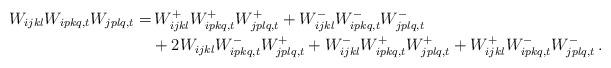
LaTeX: \begin{align*}W_{ijkl}W_{ipkq,t}W_{jplq,t} =&\, W^{+}_{ijkl}W^{+}_{ipkq,t}W^{+}_{jplq,t}+W^{-}_{ijkl}W^{-}_{ipkq,t}W^{-}_{jplq,t}\\&+2W_{ijkl}W^{-}_{ipkq,t}W^{+}_{jplq,t}+W^{-}_{ijkl}W^{+}_{ipkq,t}W^{+}_{jplq,t}+W^{+}_{ijkl}W^{-}_{ipkq,t}W^{-}_{jplq,t}\,.\end{align*}